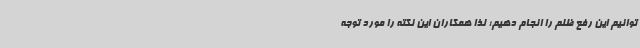
توانیم این رفع ظلم را انجام دهیم؛ لذا همکاران این نکته را مورد توجه